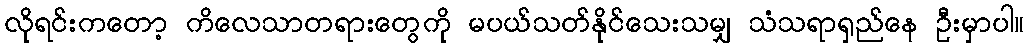
လိုရင်းကတော့ ကိလေသာတရားတွေကို မပယ်သတ်နိုင်သေးသမျှ သံသရာရှည်နေ ဦးမှာပါ။